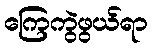
ကြေကွဲဖွယ်ရာ